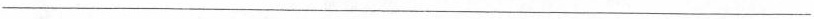
___